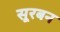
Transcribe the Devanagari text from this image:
सूरबन